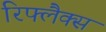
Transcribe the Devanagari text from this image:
रिफ्लैक्‍स